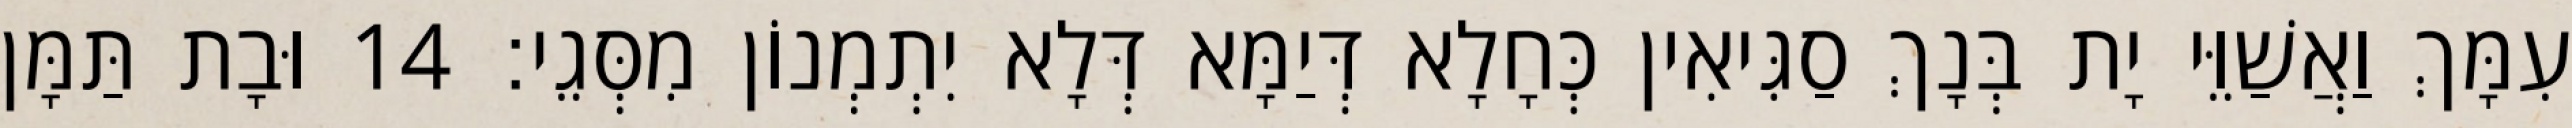
עִמָּךְ וַאֲשַׁוֵּי יָת בְּנָךְ סַגִּיאִין כְּחָלָא דְּיַמָּא דְּלָא יִתְמְנוֹן מִסְּגֵי׃ 14 וּבָת תַּמָּן